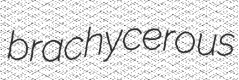
brachycerous